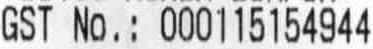
GST NO.: 000115154944